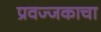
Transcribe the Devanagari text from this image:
प्रवज्जकाचा